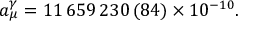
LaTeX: a _ { \mu } ^ { \gamma } = 1 1 \, 6 5 9 \, 2 3 0 \, ( 8 4 ) \times 1 0 ^ { - 1 0 } .